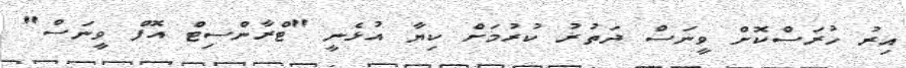
އިރު ހުރަސްކޮށް ވީނަސް ދަތުރު ކުރުމަށް ކިޔާ އުޅެނީ "ޓްރާންސިޓް އޮފް ވީނަސް"